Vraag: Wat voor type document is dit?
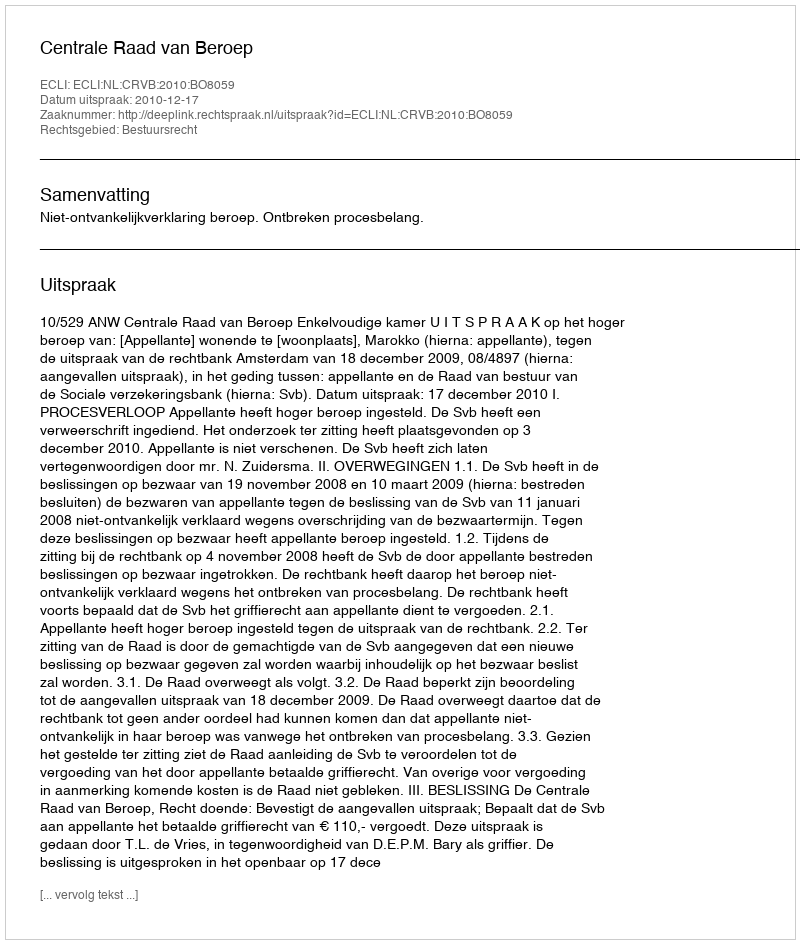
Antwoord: Uitspraak